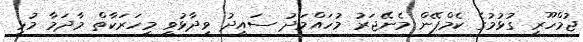
ޖުމްހޫރީ ގުޅުމުގެ ކެމްޕޭން މެނޭޖަރު މުހައްމަދު ސައީދު ވިދާޅުވީ މިހަރަކާތް މާދަމާ މުޅި